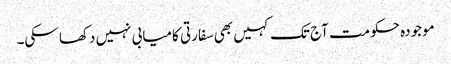
موجودہ حکومت آج تک کہیں بھی سفارتی کامیابی نہیں دکھا سکی۔